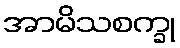
အာမိသစက္ခု